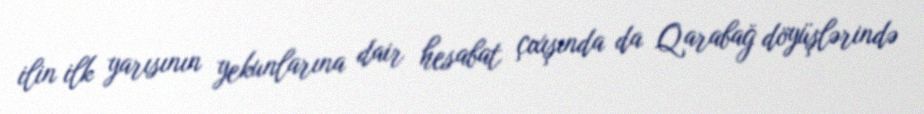
ilin ilk yarısının yekunlarına dair hesabat çıxışında da Qarabağ döyüşlərində